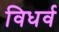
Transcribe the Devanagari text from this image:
विधर्व